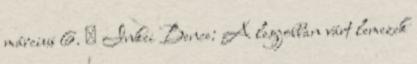
március 6. ↑ Inkei Bence: A legjobban várt lemezek